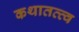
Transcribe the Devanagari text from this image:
कथातत्त्व